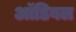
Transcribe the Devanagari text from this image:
ऑडिबल